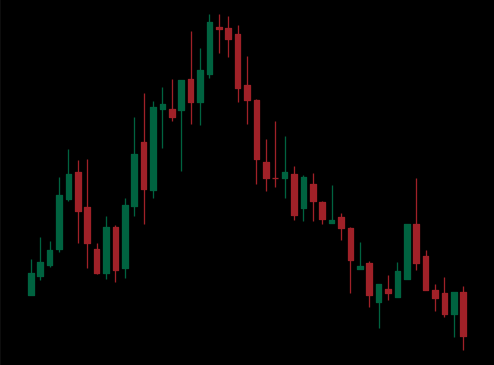
Pattern: head_shoulders